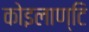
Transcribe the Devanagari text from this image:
कोइलाण्टि